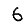
Digit: 6